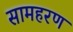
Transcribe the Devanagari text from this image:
सामहरण